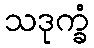
သဒုက္ခံ